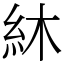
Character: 䊾